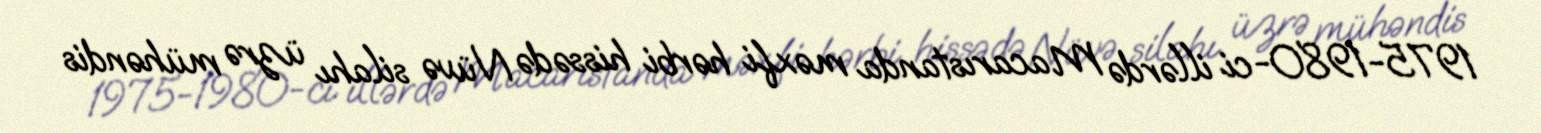
1975-1980-ci illərdə Macarıstanda məxfi hərbi hissədə Nüvə silahı üzrə mühəndis